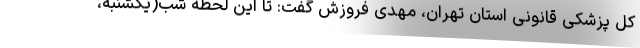
کل پزشکی قانونی استان تهران، مهدی فروزش گفت: تا این لحظه شب(یکشنبه،